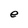
Character: e